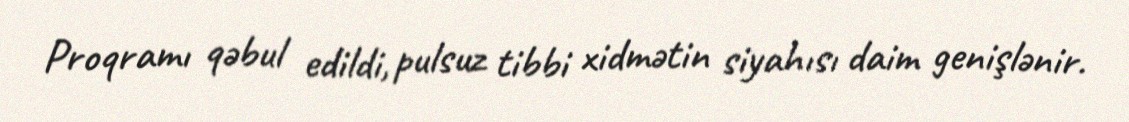
Proqramı qəbul edildi, pulsuz tibbi xidmətin siyahısı daim genişlənir.